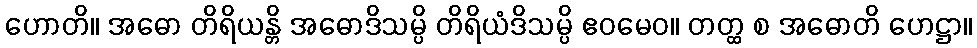
ဟောတိ။ အဓော တိရိယန္တိ အဓောဒိသမ္ပိ တိရိယံဒိသမ္ပိ ဧဝမေဝ။ တတ္ထ စ အဓောတိ ဟေဋ္ဌာ။